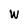
Character: W